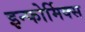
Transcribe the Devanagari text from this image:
इन्फोर्मिक्स